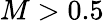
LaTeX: M>0.5